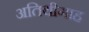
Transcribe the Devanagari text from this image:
अतिथीगाह